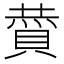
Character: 𮚏